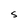
Character: S